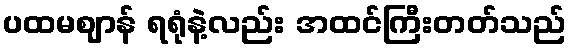
ပထမဈာန် ရရုံနဲ့လည်း အထင်ကြီးတတ်သည်